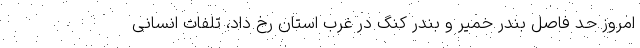
امروز حد فاصل بندر خمیر و بندر کنگ در غرب استان رخ داد، تلفات انسانی